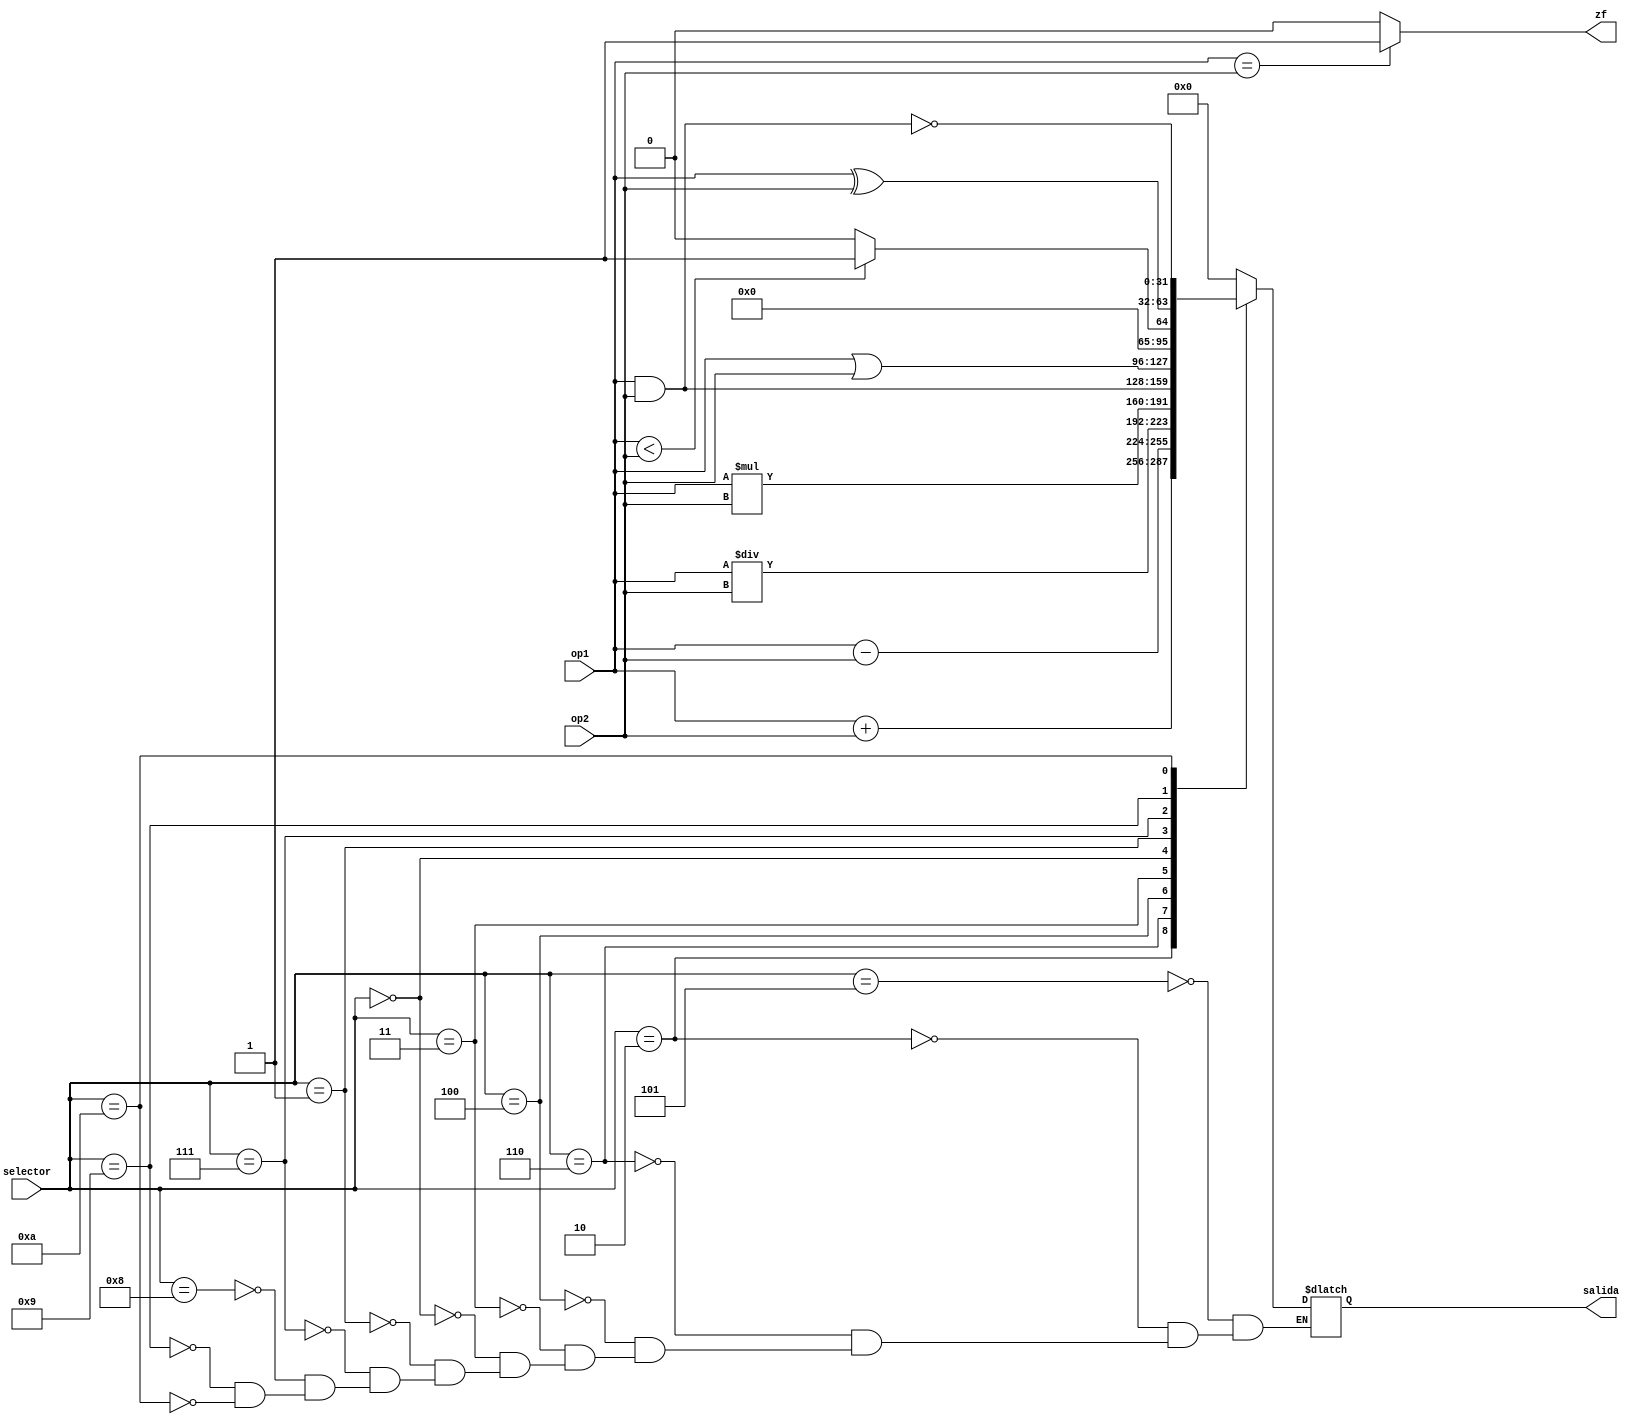
module ALU(
input [31:0]op1,
input [31:0]op2,
input [3:0]selector,
output reg[31:0]salida,
output reg zf

);

always@(*)
	begin
		zf = (op1 == op2) ? 1'b1 : 1'b0;
		case (selector)
		//NOP
		4'b0101: salida = 32'd0;
		//SUMA
		4'b0010: salida = op1 + op2;
		//RESTA
		4'b0110: salida = op1 - op2;
		//DIVISIN
		4'b0100: salida = op1 / op2;
		//MULTIPLICACION
		4'b0011: salida = op1 * op2;
		//AND
		4'b0000: salida = op1 & op2;
		//OR
		4'b0001: salida = op1 | op2;
		//SLT
		4'b0111: salida = (op1<op2) ? 32'b1: 32'b0;
		//BEQ
		4'b1000: salida = 32'bx;
		//NOR
		4'b0101: salida = ~(op1 | op2);
		//XOR
		4'b1001: salida = op1 ^ op2;
		//NAND
		4'b1010: salida = ~(op1 & op2);
		endcase
	end
	
endmodule